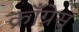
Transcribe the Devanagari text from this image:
क्राँग्रेस